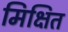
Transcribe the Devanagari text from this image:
मिक्षित